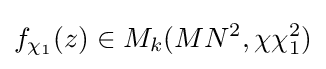
f_{\chi _{1}}(z)\in M_{k}(MN^{2},\chi \chi _{1}^{2})